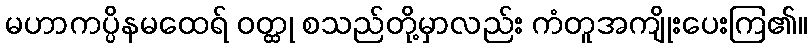
မဟာကပ္ပိနမထေရ် ဝတ္ထု စသည်တို့မှာလည်း ကံတူအကျိုးပေးကြ၏။